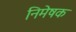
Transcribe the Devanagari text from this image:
निमेषक